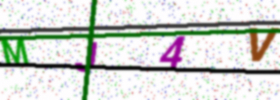
Text: MJ4V